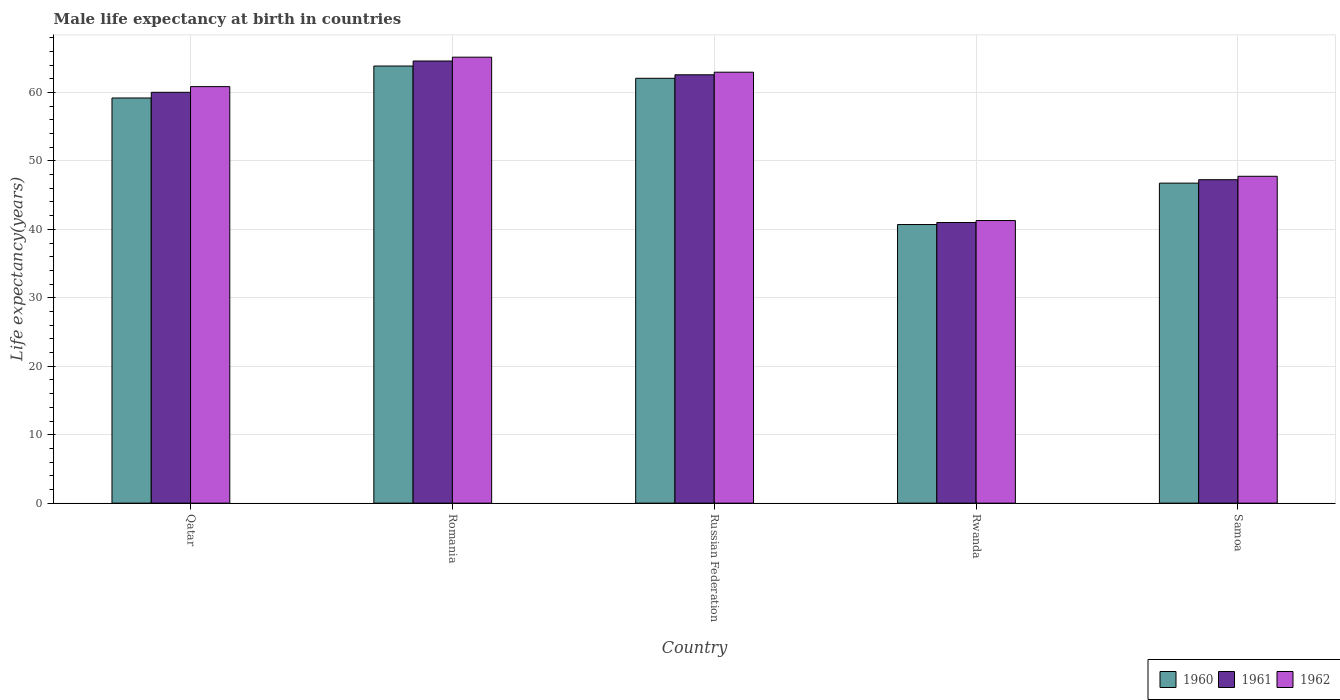
| Country | 1960 | 1961 | 1962 |
 | --- | --- | --- | --- |
 | Qatar | 59.2 | 60 | 60.9 |
 | Romania | 63.9 | 64.6 | 65.2 |
 | Russian Federation | 62.1 | 62.6 | 63 |
 | Rwanda | 40.7 | 41 | 41.3 |
 | Samoa | 46.8 | 47.2 | 47.8 |